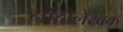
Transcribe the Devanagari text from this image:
नोंदीलेखक